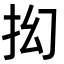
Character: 抝